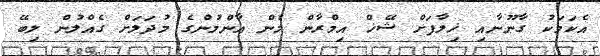
އެކަމަކު ގާނޫނާއި ޚިލާފަށް ޝޭޚް އިމްރާން މެން އާންމުންގެ މުދަލަށް ގެއްލުން ލިބޭ